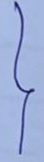
}